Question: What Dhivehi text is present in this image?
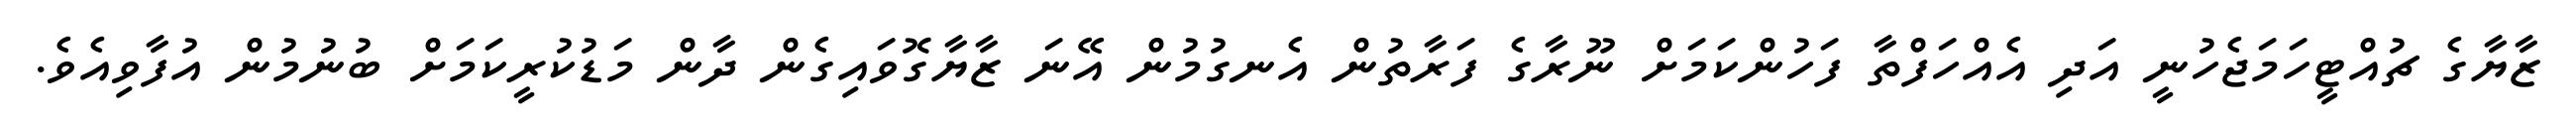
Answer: ޒާޔާގެ ޗުއްޓީހަމަޖެހުނީ އަދި އެއްހަފްތާ ފަހުންކަމަށް ނޫރާގެ ފަރާތުން އެނގުމުން އޭނަ ޒާޔާގޮވައިގެން ދާން މަޑުކުރީކަމަށް ބުނުމުން އުފާވިއެވެ.